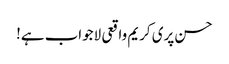
حسن پری کریم واقعی لاجواب ہے!